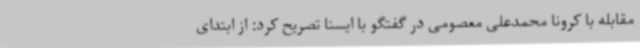
مقابله با کرونا محمدعلی معصومی در گفتگو با ایسنا تصریح کرد: از ابتدای